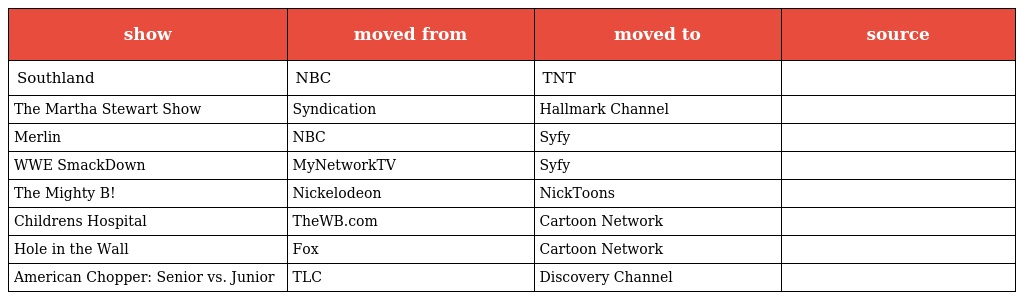
| show | moved from | moved to | source |
 | --- | --- | --- | --- |
 | Southland | NBC | TNT |  |
 | The Martha Stewart Show | Syndication | Hallmark Channel |  |
 | Merlin | NBC | Syfy |  |
 | WWE SmackDown | MyNetworkTV | Syfy |  |
 | The Mighty B! | Nickelodeon | NickToons |  |
 | Childrens Hospital | TheWB.com | Cartoon Network |  |
 | Hole in the Wall | Fox | Cartoon Network |  |
 | American Chopper: Senior vs. Junior | TLC | Discovery Channel |  |